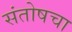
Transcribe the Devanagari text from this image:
संतोषचा